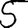
Digit: 5